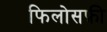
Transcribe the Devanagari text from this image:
फिलोसफ़ी